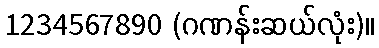
1234567890 (ဂဏန်းဆယ်လုံး)။